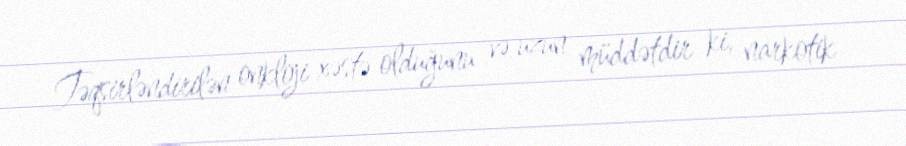
Təqsirləndirilən onkloji xəstə olduğunu və uzun müddətdir ki, narkotik